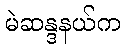
မဲဆန္ဒနယ်က